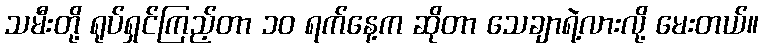
သမီးတို့ ရုပ်ရှင်ကြည့်တာ ၁၀ ရက်နေ့က ဆိုတာ သေချာရဲ့လားလို့ မေးတယ်။